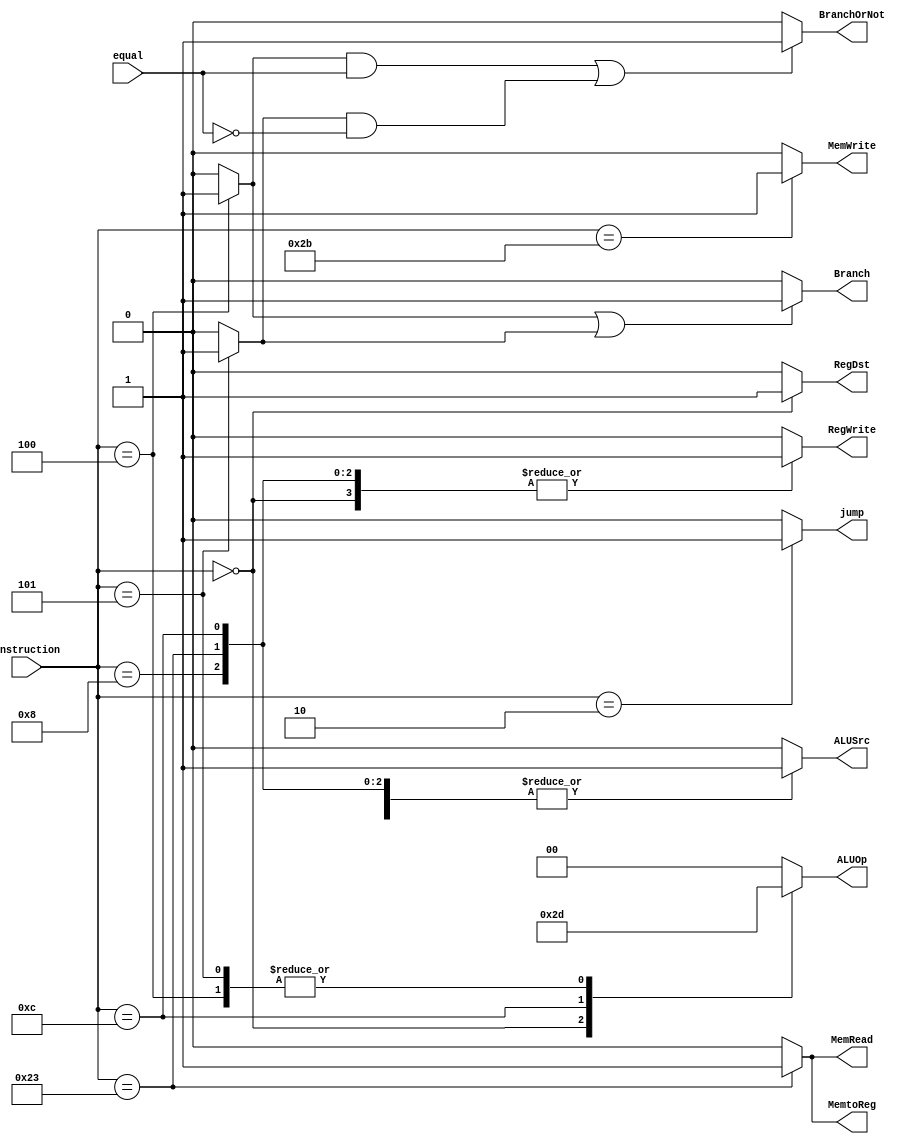
`timescale 1ns / 1ps

module Control(
    instruction, RegDst, Branch, BranchOrNot, MemRead, MemtoReg, ALUOp, MemWrite, 
    ALUSrc, RegWrite, jump, equal
);
    input       [5:0]   instruction;
    input               equal;    
    output reg          RegDst;
    output reg          Branch; 
    output reg          BranchOrNot;
    output reg          MemRead;
    output reg          MemtoReg;
    output reg  [1:0]   ALUOp;
    output reg          MemWrite;
    output reg          ALUSrc;
    output reg          RegWrite;
    output reg          jump;

    reg                 Branch_Beq;
    reg                 Branch_Bne; 

    initial
    begin
        RegDst = 1; Branch = 0; BranchOrNot = 0; MemRead = 0; MemtoReg = 0; ALUOp = 2'b10;
        MemWrite = 0; ALUSrc = 0; RegWrite = 1; jump = 0; Branch_Beq = 0; Branch_Bne = 0;
    end

    always @(instruction)
    begin 
        case (instruction)
        //R-type
            6'b000000:
            begin
                RegDst = 1; Branch_Beq = 0; Branch_Bne = 0; MemRead = 0; MemtoReg = 0; ALUOp = 2'b10;
                MemWrite = 0; ALUSrc = 0; RegWrite = 1; jump = 0;
            end
            
        //addi 
            6'b001000:
            begin
                RegDst = 0; Branch_Beq = 0; Branch_Bne = 0; MemRead = 0; MemtoReg = 0; ALUOp = 2'b00;
                MemWrite = 0; ALUSrc = 1; RegWrite = 1; jump = 0;   
            end

        //sw
            6'b101011:
            begin
                RegDst = 0; Branch_Beq = 0; Branch_Bne = 0; MemRead = 0; MemtoReg = 0; ALUOp = 2'b00;
                MemWrite = 1; ALUSrc = 1; RegWrite = 0; jump = 0;   
            end

        //lw
            6'b100011:
            begin
                RegDst = 0; Branch_Beq = 0; Branch_Bne = 0; MemRead = 1; MemtoReg = 1; ALUOp = 2'b00;
                MemWrite = 0; ALUSrc = 1; RegWrite = 1; jump = 0;   
            end

        //andi
            6'b001100:
            begin
                RegDst = 0; Branch_Beq = 0; Branch_Bne = 0; MemRead = 0; MemtoReg = 0; ALUOp = 2'b11;
                MemWrite = 0; ALUSrc = 1; RegWrite = 1; jump = 0;   
            end

        //j
            6'b000010:
            begin
                RegDst = 0; Branch_Beq = 0; Branch_Bne = 0; MemRead = 0; MemtoReg = 0; ALUOp = 2'b00;
                MemWrite = 0; ALUSrc = 0; RegWrite = 0; jump = 1;   
            end

        //beq
            6'b000100:
            begin
                RegDst = 0; Branch_Beq = 1; Branch_Bne = 0; MemRead = 0; MemtoReg = 0; ALUOp = 2'b01;
                MemWrite = 0; ALUSrc = 0; RegWrite = 0; jump = 0;   
            end

        //bne
            6'b000101:
            begin
                RegDst = 0; Branch_Beq = 0; Branch_Bne = 1; MemRead = 0; MemtoReg = 0; ALUOp = 2'b01;
                MemWrite = 0; ALUSrc = 0; RegWrite = 0; jump = 0;
            end

            default 
            begin
                RegDst = 0; Branch_Beq = 0; Branch_Bne = 0; MemRead = 0; MemtoReg = 0; ALUOp = 2'b00;
                MemWrite = 0; ALUSrc = 0; RegWrite = 0; jump = 0; 
            end
        endcase
    end

    always @ ( Branch_Beq, Branch_Bne, equal )
    begin
        // BranchOrNot
        if ( 
            ( Branch_Beq && equal ) ||
            ( Branch_Bne && ~equal )
        )
                BranchOrNot = 1;
        else    BranchOrNot = 0;
        // Branch
        if ( Branch_Beq || Branch_Bne )
                Branch = 1;
        else    Branch = 0;
    end
endmodule